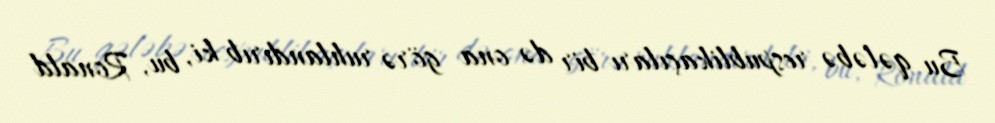
Bu qələbə respublikaçıları bir də ona görə ruhlandırıb ki, bu, Ronald